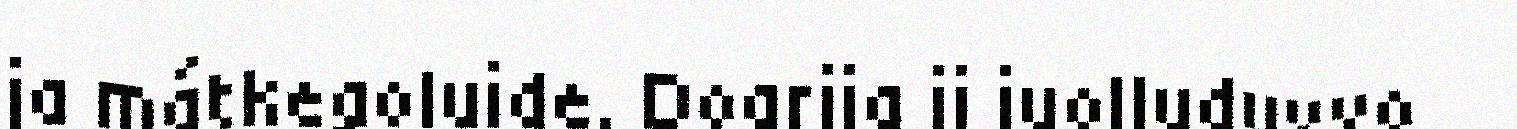
ja mátkegoluide. Doarjja ii juolluduvvo